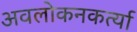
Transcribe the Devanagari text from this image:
अवलोकनकर्त्या